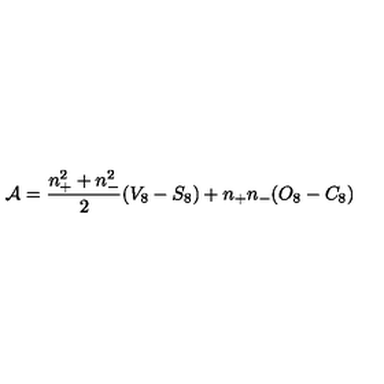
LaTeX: { \cal A } = \frac { n _ { + } ^ { 2 } + n _ { - } ^ { 2 } } { 2 } ( V _ { 8 } - S _ { 8 } ) + n _ { + } n _ { - } ( O _ { 8 } - C _ { 8 } )